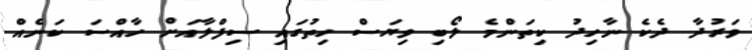
ވަރުދާ ދެކެ ނާހިދު ކިތަންމެ ލޯބި ވިޔަސް ހިތުގައި ސިފްލާއަށް ހާއްސަ ކަނެއް